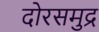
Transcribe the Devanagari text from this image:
दोरसमुद्र